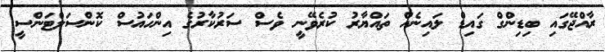
ރާއްޖޭގައި ބިޑިންގް ގައިޑް ލައިނެއް ތައްޔާރު ކުރެވޭނީ ވެސް ސަރުކާރުގެ އިންހައުސް ކޮންސަލްޓަންސީ